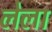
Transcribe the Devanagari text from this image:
लेला